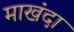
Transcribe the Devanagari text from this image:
माखंदा